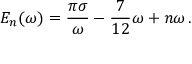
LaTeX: E _ { n } ( \omega ) = \frac { \pi \sigma } { \omega } - \frac { 7 } { 1 2 } \omega + n \omega \, .